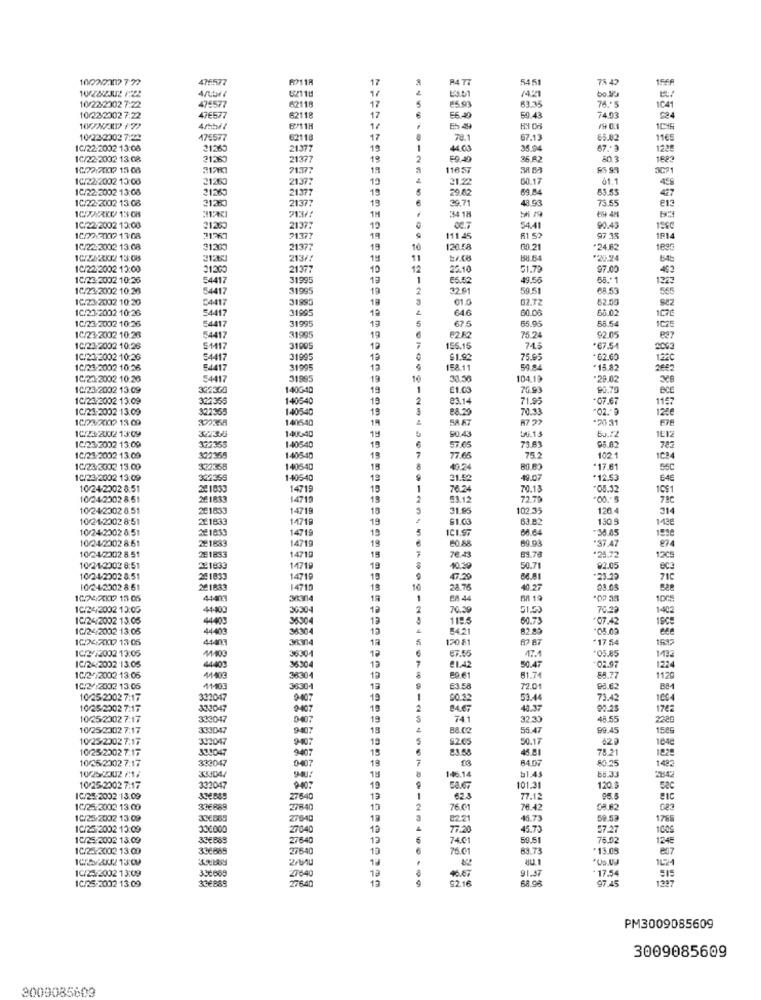
1002.2007 7 77
476577
FO118
5451
75 47
1566
17
/4.21
62718
1/
63.35
76.5
10/22/2002 7:22
475577
62118
17
1041
10/23/2002 7:22
47€577
62118
17
E6.4
59.43
74.03
524
8118
14
19 0.1
10/22/2002 7:22
475577
62118
17
78.1
67.13
65.02
1165
1C/22:2002 13:08
21289
21377
19
4.03
35.94
67 .- 3
1228
10/22-2002 13:08
21283
21377
19
F9.40
26.82
80.3
1623
10.72:20017 15 08
71:377
19
116 57
SAB
10/22/2002 13:08
21260
21377
19
21.22
60.17
01.1
1C/22-2002 13:08
21363
21377
19
29.82
69.84
53.53
427
1C/22-2002 13:08
3128
21377
13
29.71
48.93
5.55
813
1CPARKU 13 CB
34 18
1H
1C/22 2002 13:00
21260
21377
10
54.41
90.45
159
10/22 7007 13:08
21363
21177
19
111 45
81.52
97 35
1914
1C/22:2002 13:08
31200
21377
19
120.58
00 21
*24.82
1895
10/2X2X2 13:08
21251
213/2
*20-24
1C/22:2002 12:00
31:300
21377
10
25.10
51.79
97.00
1C/23-2002 10:36
54417
3199
19
E5.52
49.56
55 .* 1
1223
1C/23-2002 10:26
54417
31995
19
32.61
59.51
68.53
565
IC.23/2002 10:20
54417
31995
19
01.0
02.72
62.50
1C/23:2002 10:26
54417
31995
646
80.08
60.02
1076
1C/23-2002 10:36
54417
19
67.5
65.95
3199
55.5
1025
1C/23-2002 10:26
54417
3199
19
62 82
75.2
92.05
827
10/23-2002 10:28
51417
31005
19
155.15
74.5
*67.54
2003
1C/21-2002 10:26
54417
31995
19
$1.9
75.95
-62.00
122℃
10/23-2002 10:36
84417
31995
12
158.11
59.84
*15.82
2842
10/21-2002 10:26
54417
31895
19
33.56
104.1
*29.02
10.23-2002 13:09
322368
140G-40
19
76.93
90.70
ecm
1C/23/2002 13:09
322355
140540
19
23.14
71.95
*07.67
1157
1C/23-2002 13:00
322355
140540
19
88.29
70.33
1286
10/23/2002 13 09
339358
140640
14
5A 87
*20 31
1024.2002 13:09
32335
14040
1C/23/2002 13:09
322355
19
90.43
50.72
1E12
140540
19
73.83
95.82
782
1C/24-2002 13:09
322355
140540
19
77.65
75.2
102 1
1084
1C/23/3002 13.00
322358
140540
15
40.24
.17.61
55C
10/23/2002 13:09
322355
140640
19
21.52
49.07
*12.53
10/24-2002 8:51
14719
19
76.24
70.13
"08.32
10$1
10/24/2002 8:51
261833
14719
19
53.12
72.79
.00 .- 5
79C
10 242302 8.51
201633
14719
18
31.95
102.35
126.4
314
10/21-2002 8:51
221833
14719
19
61.03
63.82
130 9
142€
10/24-2002 8:51
14719
19
ICI.S.
80 64
-38.85
10/24/2002 8:51
14719
19
69.93
*37.47
874
221833
251833
14710
7
60.88
76.43
53.78
1205
10/24/2302 8.51
15
*25.72
10/31-2002 8:51
221833
14719
19
40.39
50.7
92.05
10/24/2002 8:51
241833
1471P
19
47.29
66.81
-23.29
71C
10/24-2302 8:51
261883
14710
18
28.76
40.27
03.05
1024XX17 15 05
44403
19
68 44
BR 19
1DC5
1C/24/2002 13:05
44-400
36304
19
70.39
70.29
1402
IC/24/2002 13:05
44403
35304
13
119.5
60.73
+07.42
1SC5
10/24/2002 13:05
44403
36304
12
£42
82.89
08.03
ece
1024XX17 13-05
44403
13
170 81
82 87
*17 54
1537
1C/272002 13:05
47.4
IC/24-2002 13:05
36304
67.55
*05.85
403
36.304
12
21.42
80.61
50.47
02.97
1224
10/2/72002 13:05
44403
38304
19
61.74
58.77
1120
10/2/2002 13:05
41103
36301
19
63.58
72.01
93.62
B84
10/25 2002 7:17
332047
9-407
19
$0.32
53.44
73.42
1094
10/25/2002 7.17
332047
9-407
19
48.37
90.25
1762
10/25/2002 7.17
332047
0407
19
741
32.33
48.55
2289
10/25/2002 7:17
333047
9407
13
B8.C
55.47
99.45
1585
10/25/2002 7.17
302047
19
S2C
50.1
420
1048
10/25/2002 7.17
330047
48.81
78.21
1825
10/25/2002 7.17
332047
9407
15
84.07
80.25
1482
102522302 217
0407
19
146.14
58.33
51.43
10/25-2002 7:17
302047
9007
19
58.67
101.3
120.3
IC/25-2002 13.09
27840
19
62.3
77.12
96.5
1C/25-2002 13:00
336889
27840
13
76.61
76.42
GR 82
1C/25-2032 13:09
276-40
13
82.2
45.73
59.53
1765
IC/25-2002 13:09
336000
27040
19
77.20
45.73
57.27
1009
10/25:2002 13:09
27640
12
6
74.01
59.51
76.02
1245
1C/25:3002 13:00
336665
27640
13
76.01
83.7
.13.0
207
1C/25/2002 13:09
40.67
91.3
17.54
27640
27640
12
92.16
68.95
97.45
1387
IC/25-2002 13:09
PM3009085609
3009085609
3009085603